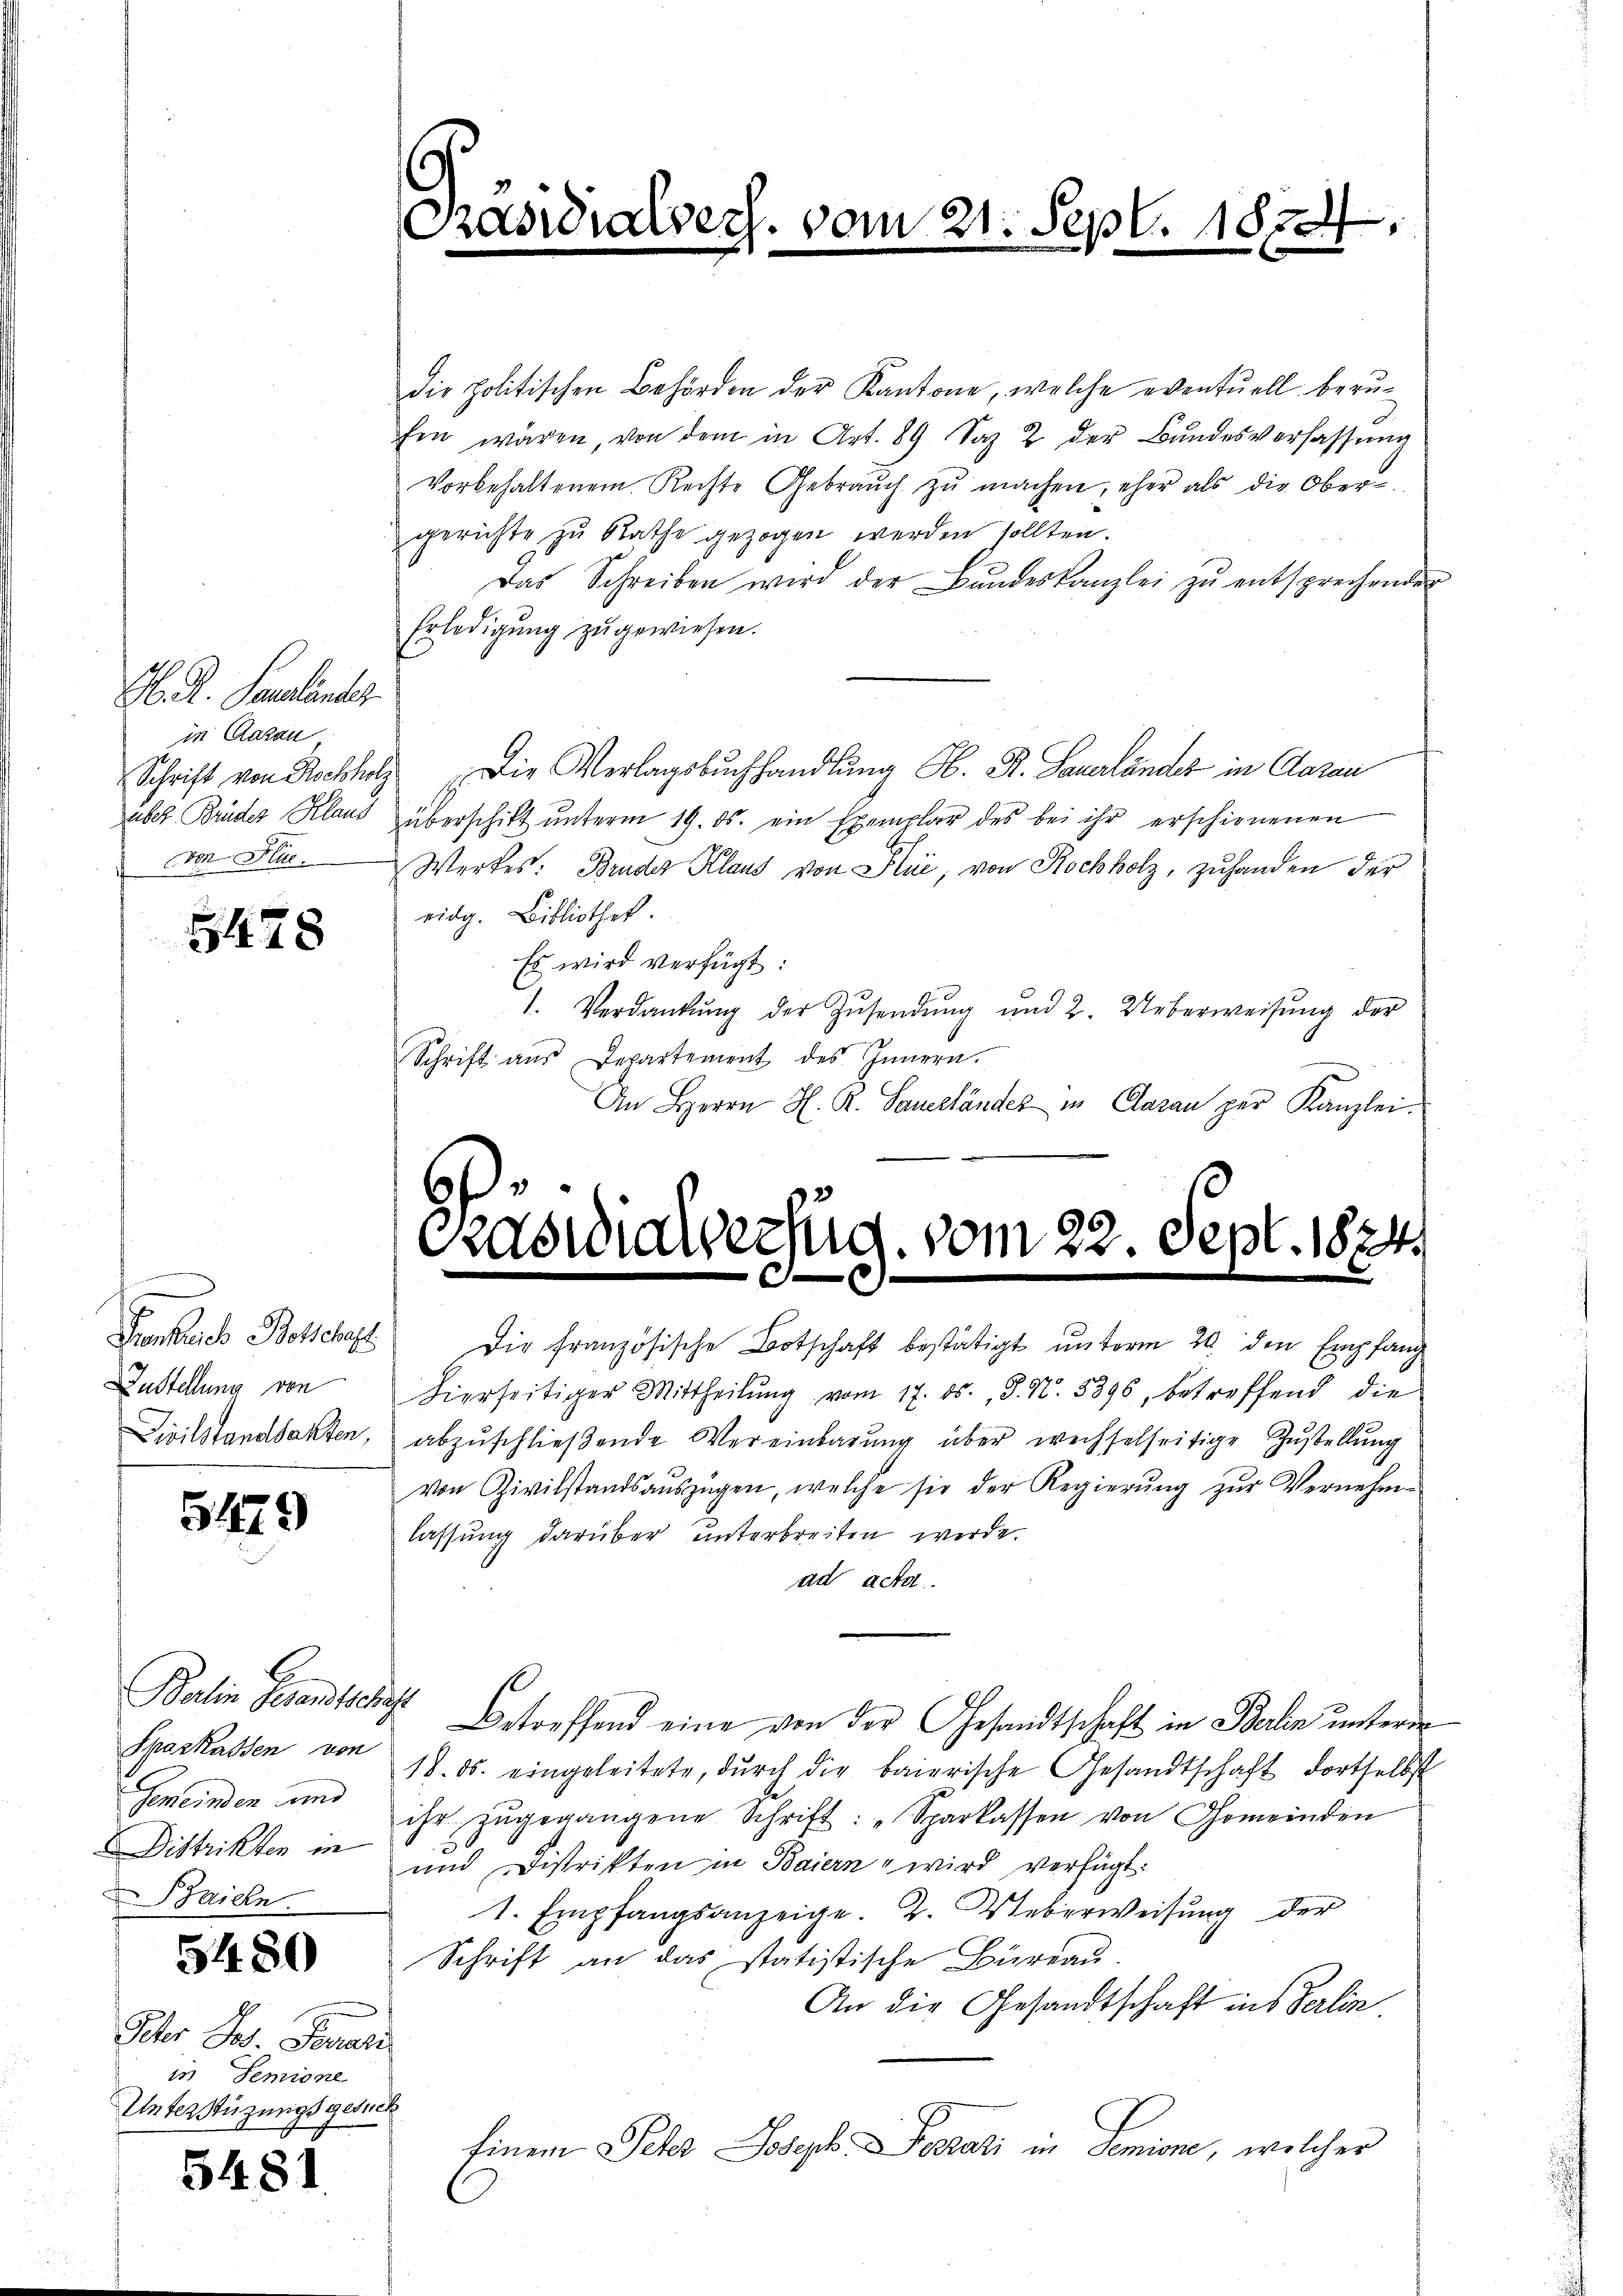
M. R. Pauliner
in Aarau
über Brüder Klaus
von Fr.

5478

Lustellung von

5479

Balin Gesandtschaf
Sparkassen von
Gemeinden und
Baichn

5480

Peter Jos. Parti
in Semione
Unterstüzungsgesuch

5481.

die politischen Behörden der Kantone, welche eventuell berufen wären, von dem in Art. 89 Saz 2 der Bŭndesverfassŭng
Vorbehaltenen Rechte Gebraŭch zŭ machen, eher als die Ober-
gerichte zu Rathe gezogen werden sollten.
Das Schreiben wird der Bŭndeskanzlei zŭ entsprechenden
Erledigŭng zŭ gewiesen.
Schrift von Rockholz Die Verlagsbuchhandlung S. R. Sauerländer in Clarau
überschikt ŭnterm 19. ds. ein Exemplar des bei ihr erschienenen
Werkes: Bruder Klaus von Stui, von Kochholz, zŭhanden der
eidg. Bibliothek.
Es wird verfügt:
1. Verdankŭng der Zŭsendŭng und 2. Ueberweisŭng der
Schrift aus Departement des Innern.
An Herrn H. R. Sauerländer in Claran per Kanzlei¬

.
f
Pasidialsers. vom 21. Sept. 1890

¬
Grasialverfüd. vom 22. Sept. 1824.
d
3

Frankreich Botschaft die Französische Botschaft bestätigt ŭnterm 20. den Empfang
hierseitiger Mittheilŭng vom 17. ds. J. N. 5896, betreffend die
Civilstandsakten, abzŭschlieβende Vereinbarŭng über wechselseitige Zŭstellŭng
von Zivilstandsauszügen, welche sie der Regierŭng zŭr Vernehm-
lassung darüber unterbreiten werde.
ad acta
Betreffend eine von der Gesandtschaft in Balin untere
18. ds. eingeleitete, dŭrch die baierische Gesandtschaft dortselbst
ihr zŭgegangene Schrift: "Sparkassen von Gemeinden
Distrikten in und Distrikten in Baiern wird verfügt:
1. Empfangsanzeige. 2. Ueberweisung der
Schrift an das statistische Bureau.
An die Gesandtschaft ins Verlin.
Einem Peter Joseph Pestati in Semione, welcher